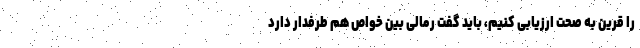
را قرین به صحت ارزیابی کنیم، باید گفت رمالی بین خواص هم طرفدار دارد